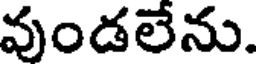
వుండలేను.